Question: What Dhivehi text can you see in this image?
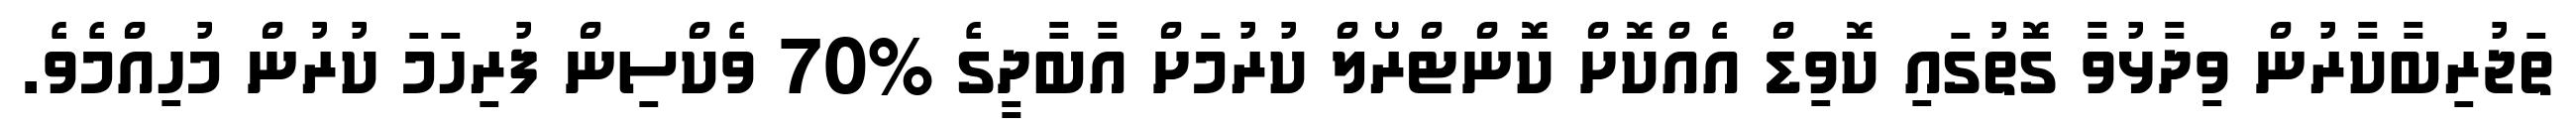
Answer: ތަޖުރިބާކާރުން ވިދާޅުވާ ގޮތުގައި ކޮވިޑް އެއްކޮށް ކޮންޓްރޯލް ކުރުމަށް އާބާދީގެ %70 ވެކްސިން ފުރިހަމަ ކުރުން މުހިއްމެވެ.